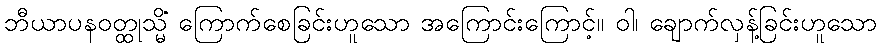
ဘီယာပနဝတ္ထုသ္မိံ ကြောက်စေခြင်းဟူသော အကြောင်းကြောင့်။ ဝါ၊ ချောက်လှန့်ခြင်းဟူသော